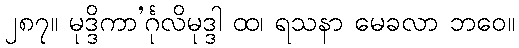
၂၈၇။ မုဒ္ဒိကာ’င်္ဂုလိမုဒ္ဒါ ထ၊ ရသနာ မေခလာ ဘဝေ။